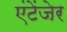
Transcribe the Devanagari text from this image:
एंटेंजेर